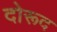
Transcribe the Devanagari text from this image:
दोरूद